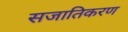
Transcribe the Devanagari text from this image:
सजातिकरण